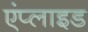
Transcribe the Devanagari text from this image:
एंप्‍लाइड